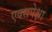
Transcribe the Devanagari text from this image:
एक्सपेक्षा